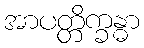
အာပတ္တိက္ခန္ဓာ